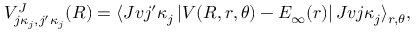
V _ { j \kappa _ { j } , j ^ { \prime } \kappa _ { j } } ^ { J } ( R ) = \langle J v j ^ { \prime } \kappa _ { j } \left| V ( R , r , \theta ) - E _ { \infty } ( r ) \right| J v j \kappa _ { j } \rangle _ { r , \theta } ,